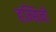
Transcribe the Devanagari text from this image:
हम्सिनी